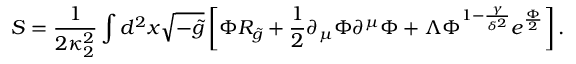
S = { \frac { 1 } { 2 \kappa _ { 2 } ^ { 2 } } } \int d ^ { 2 } x \sqrt { - \tilde { g } } \left[ \Phi { \cal R } _ { \tilde { g } } + { \frac { 1 } { 2 } } \partial _ { \mu } \Phi \partial ^ { \mu } \Phi + \Lambda \Phi ^ { 1 - { \frac { \gamma } { \delta ^ { 2 } } } } e ^ { \frac { \Phi } { 2 } } \right] .